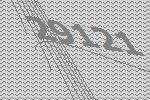
29121